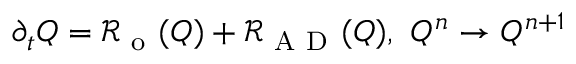
\partial _ { t } Q = \mathcal { R } _ { \mathrm { ~ o ~ } } ( Q ) + \mathcal { R } _ { \mathrm { ~ A ~ D ~ } } ( Q ) , \ Q ^ { n } \to Q ^ { n + 1 }